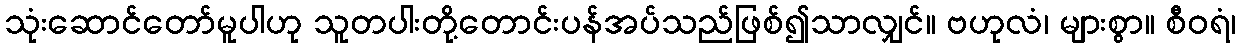
သုံးဆောင်တော်မူပါဟု သူတပါးတို့တောင်းပန်အပ်သည်ဖြစ်၍သာလျှင်။ ဗဟုလံ၊ များစွာ။ စီဝရံ၊